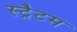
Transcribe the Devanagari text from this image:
स्ट्रैटम